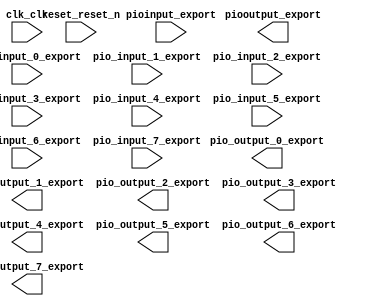

module nios_2 (
	clk_clk,
	pio_input_0_export,
	pio_input_1_export,
	pio_input_2_export,
	pio_input_3_export,
	pio_input_4_export,
	pio_input_5_export,
	pio_input_6_export,
	pio_input_7_export,
	pio_output_0_export,
	pio_output_1_export,
	pio_output_2_export,
	pio_output_3_export,
	pio_output_4_export,
	pio_output_5_export,
	pio_output_6_export,
	pio_output_7_export,
	pioinput_export,
	piooutput_export,
	reset_reset_n);	

	input		clk_clk;
	input	[7:0]	pio_input_0_export;
	input	[7:0]	pio_input_1_export;
	input	[7:0]	pio_input_2_export;
	input	[7:0]	pio_input_3_export;
	input	[7:0]	pio_input_4_export;
	input	[7:0]	pio_input_5_export;
	input	[7:0]	pio_input_6_export;
	input	[7:0]	pio_input_7_export;
	output	[7:0]	pio_output_0_export;
	output	[7:0]	pio_output_1_export;
	output	[7:0]	pio_output_2_export;
	output	[7:0]	pio_output_3_export;
	output	[7:0]	pio_output_4_export;
	output	[7:0]	pio_output_5_export;
	output	[7:0]	pio_output_6_export;
	output	[7:0]	pio_output_7_export;
	input	[7:0]	pioinput_export;
	output	[7:0]	piooutput_export;
	input		reset_reset_n;
endmodule